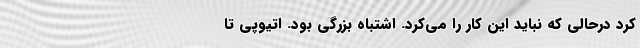
کرد درحالی که نباید این کار را می‌کرد. اشتباه بزرگی بود. اتیوپی تا